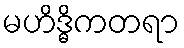
မဟိဒ္ဓိကတရာ